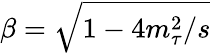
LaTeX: \beta=\sqrt{1-4m_{\tau}^{2}/s}